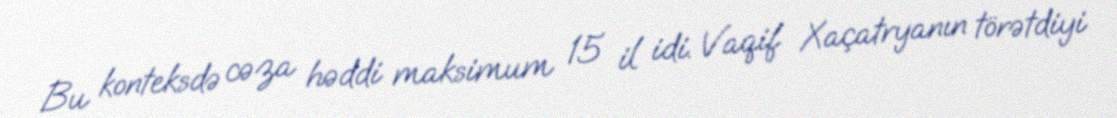
Bu konteksdə cəza həddi maksimum 15 il idi. Vaqif Xaçatryanın törətdiyi